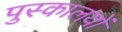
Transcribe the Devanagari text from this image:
पुस्कालयों